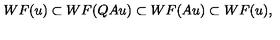
W F ( u ) \subset W F ( Q A u ) \subset W F ( A u ) \subset W F ( u ) ,